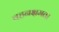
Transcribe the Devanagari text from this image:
वहनक्षमता